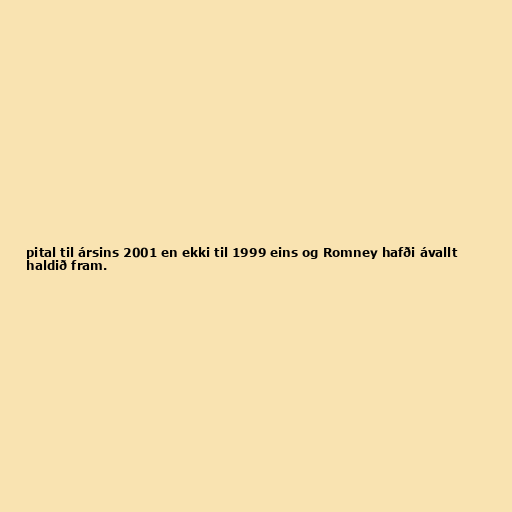
pital til ársins 2001 en ekki til 1999 eins og Romney hafði ávallt
haldið fram.